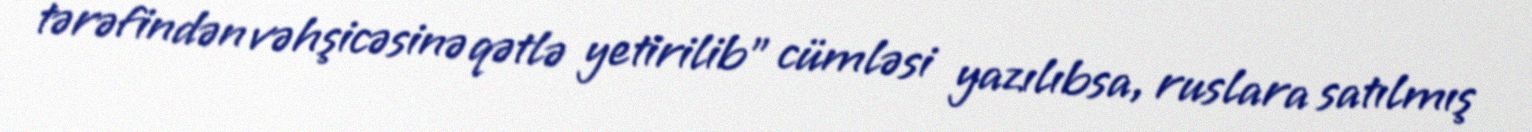
tərəfindən vəhşicəsinə qətlə yetirilib” cümləsi yazılıbsa, ruslara satılmış